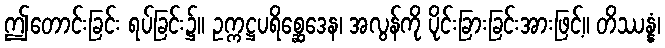
ဤတောင်းခြင်း ရပ်ခြင်း၌။ ဥက္ကဋ္ဌပရိစ္ဆေဒေန၊ အလွန်ကို ပိုင်းခြားခြင်းအားဖြင့်။ တိဿန္နံ၊